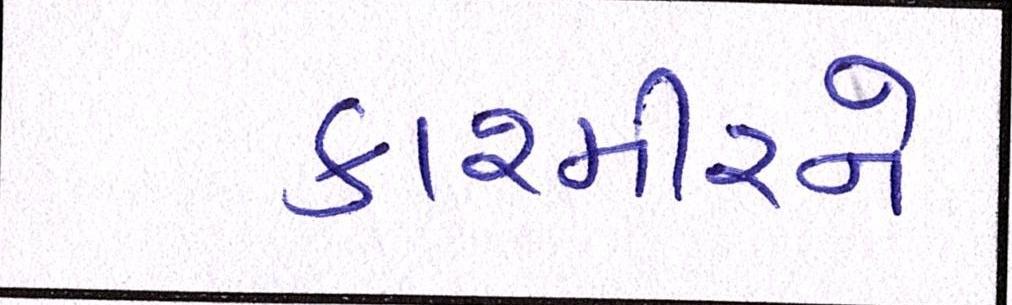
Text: કાશ્મીરને